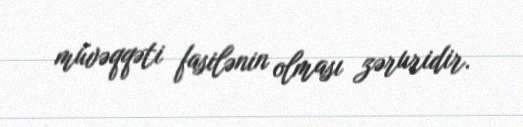
müvəqqəti fasilənin olması zəruridir.